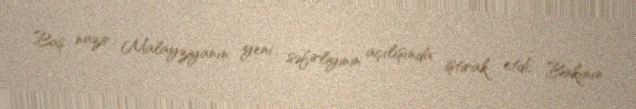
Baş nazir Malayziyanın yeni səfirliyinin açılışında iştirak etdi, Bakının